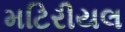
મટિરીયલ